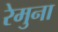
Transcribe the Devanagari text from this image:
रेमुना